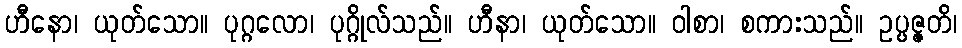
ဟီနော၊ ယုတ်သော။ ပုဂ္ဂလော၊ ပုဂ္ဂိုလ်သည်။ ဟီနာ၊ ယုတ်သော။ ဝါစာ၊ စကားသည်။ ဥပ္ပဇ္ဇတိ၊